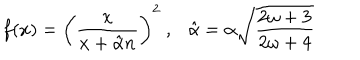
LaTeX: f ( x ) = \left( \frac { x } { x + \hat { \alpha } n } \right) ^ { 2 } \ , \ \ \ \hat { \alpha } = \alpha \sqrt { \frac { 2 \omega + 3 } { 2 \omega + 4 } }